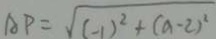
A P = \sqrt { ( - 1 ) ^ { 2 } + ( a - 2 ) ^ { 2 } }